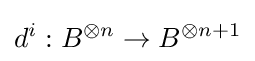
d^{i}:B^{\otimes n}\to B^{\otimes {n+1}}